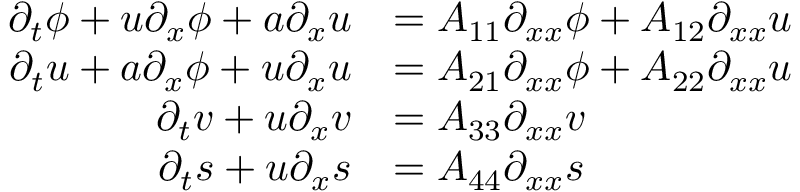
\begin{array} { r l } { \partial _ { t } \phi + u \partial _ { x } \phi + a \partial _ { x } u } & { = A _ { 1 1 } \partial _ { x x } \phi + A _ { 1 2 } \partial _ { x x } u } \\ { \partial _ { t } u + a \partial _ { x } \phi + u \partial _ { x } u } & { = A _ { 2 1 } \partial _ { x x } \phi + A _ { 2 2 } \partial _ { x x } u } \\ { \partial _ { t } v + u \partial _ { x } v } & { = A _ { 3 3 } \partial _ { x x } v } \\ { \partial _ { t } s + u \partial _ { x } s } & { = A _ { 4 4 } \partial _ { x x } s } \end{array}